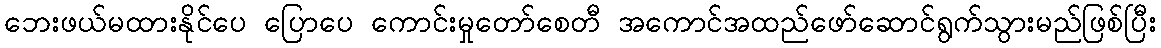
ဘေးဖယ်မထားနိုင်ပေ ပြောပေ ကောင်းမှုတော်စေတီ အကောင်အထည်ဖော်ဆောင်ရွက်သွားမည်ဖြစ်ပြီး